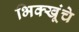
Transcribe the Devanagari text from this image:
भिक्खूंचे